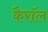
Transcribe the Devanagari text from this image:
कैरॉल